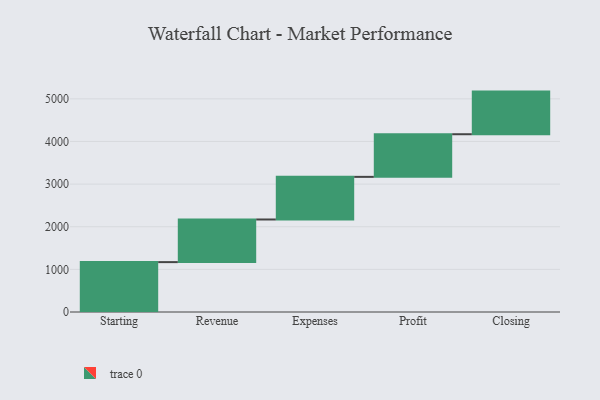
{"axis": {"x": "Step", "y": "Value"}, "legend": [""], "data": [{"x": "Starting", "y": 1170.0, "type": ""}, {"x": "Revenue", "y": 1000, "type": ""}, {"x": "Expenses", "y": 1000, "type": ""}, {"x": "Profit", "y": 1000, "type": ""}, {"x": "Closing", "y": 1000, "type": ""}]}